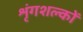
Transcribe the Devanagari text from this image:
शृंगशल्कों